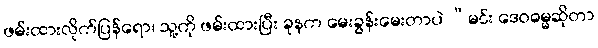
ဖမ်းထားလိုက်ပြန်ရော၊ သူ့ကို ဖမ်းထားပြီး ခုနက မေးခွန်းမေးတာပဲ “မင်း ဒေဝဓမ္မဆိုတာ